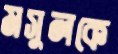
মসুলকে